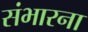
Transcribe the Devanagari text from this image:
संभारना